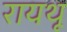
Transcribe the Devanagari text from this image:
रायथू